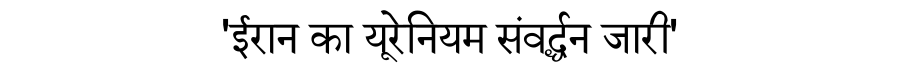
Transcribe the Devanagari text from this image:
'ईरान का यूरेनियम संवर्द्धन जारी'